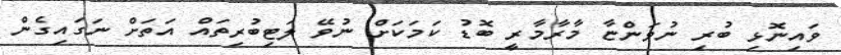
ވައިނޮޅި ބުރި ނުވަންޏާ މާރާމާރީ ބޮޑު ކަމަކަށް ނުވޭ ލަޓިބުރިތައް އަތަށް ނަގައިގެން